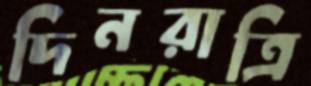
দিনরাত্রি